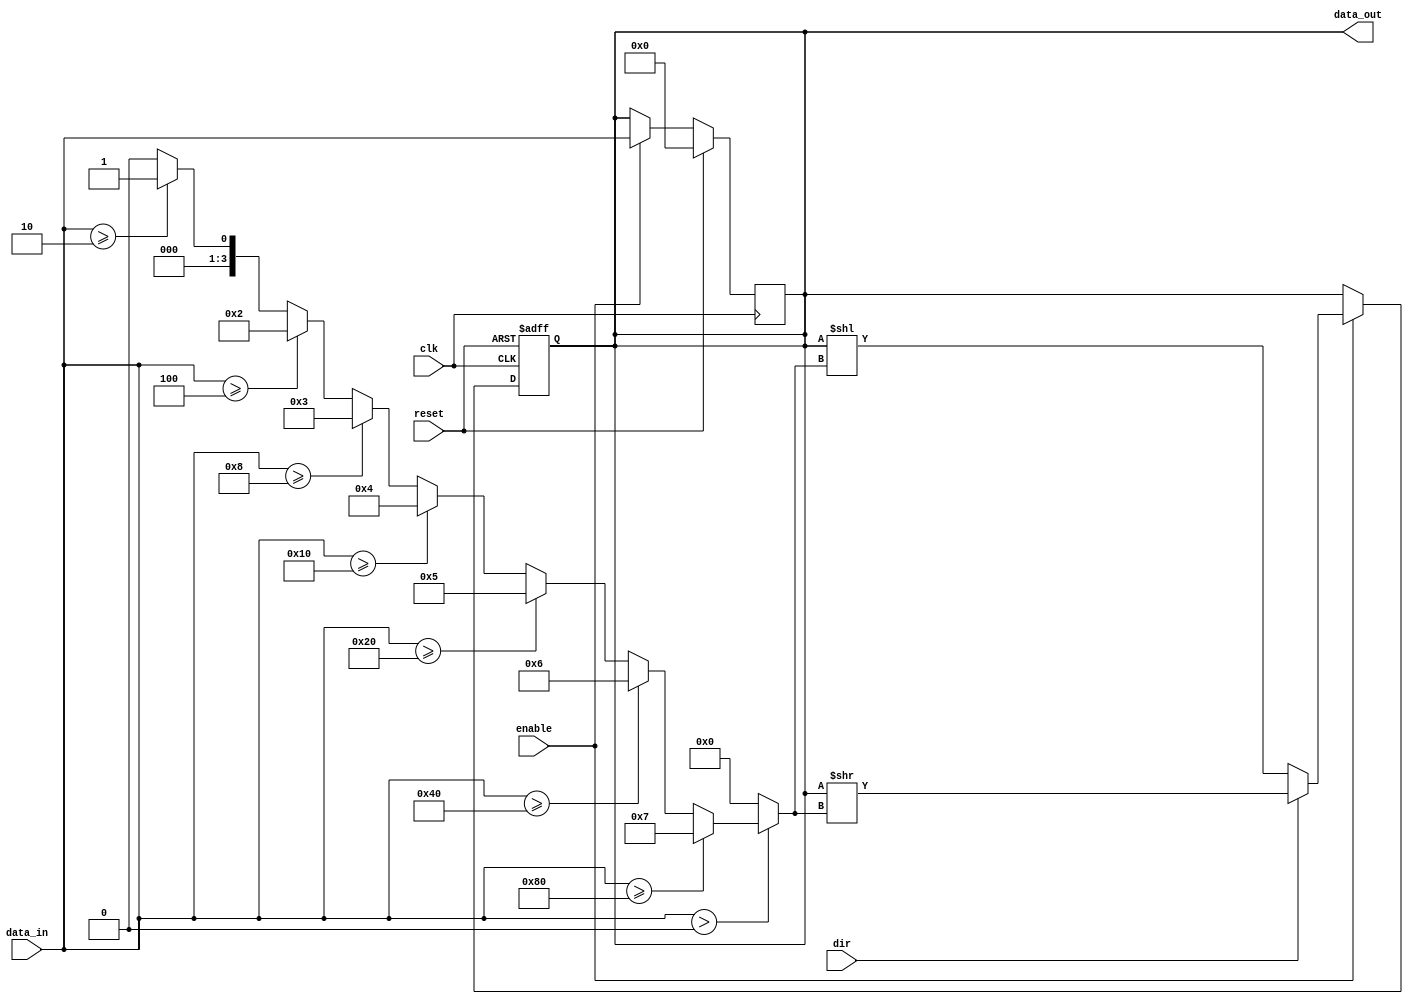
module LogarithmicShiftRegister #(
    parameter N = 8 // Width of the register
)(
    input wire clk,                // Clock signal
    input wire reset,              // Reset signal
    input wire enable,             // Enable signal for shifting
    input wire dir,                // Direction: 0 for left, 1 for right
    input wire [N-1:0] data_in,    // Input data
    output reg [N-1:0] data_out    // Output data
);

// Internal variable to hold the logarithmic shift amount
reg [3:0] shift_amount; // Assuming log2(N) fits in 4 bits

// Function to calculate log2 of the input value
function [3:0] log2;
    input [N-1:0] value;
    integer i;
    begin
        log2 = 0;
        if (value > 0) begin
            for (i = 0; i < N; i = i + 1) begin
                if (value >= (1 << i)) begin
                    log2 = i;
                end
            end
        end
    end
endfunction

// Calculate shift amount based on input data
always @(*) begin
    shift_amount = log2(data_in);
end

// Shift register process
always @(posedge clk or posedge reset) begin
    if (reset) begin
        data_out <= 0; // Reset output to zero
    end else if (enable) begin
        if (dir == 0) begin // Left shift
            data_out <= data_out << shift_amount;
        end else begin // Right shift
            data_out <= data_out >> shift_amount;
        end
    end
end

// Initialize output data on reset
always @(posedge clk) begin
    if (reset) begin
        data_out <= 0; // Reset output to zero
    end else if (enable) begin
        data_out <= data_in; // Load input data on enable
    end
end

endmodule